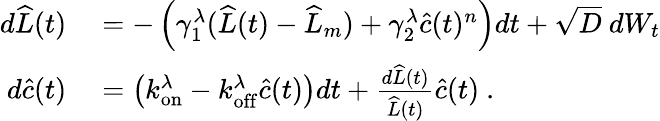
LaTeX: \begin{array}{rl}{d\widehat{L}(t)}&{{}=-\left(\gamma_{1}^{\lambda}(\widehat{L}(t)-\widehat{L}_{m})+\gamma_{2}^{\lambda}\widehat{c}(t)^{n}\right)dt+\sqrt{D}\ dW_{t}}\\ {d\widehat{c}(t)}&{{}=\left(k_{\mathrm{on}}^{\lambda}-k_{\mathrm{off}}^{\lambda}\widehat{c}(t)\right)dt+\frac{d\widehat{L}(t)}{\widehat{L}(t)}\widehat{c}(t)\ .}\end{array}